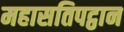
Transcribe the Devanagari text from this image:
महासतिपट्ठान